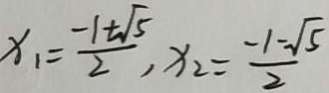
x _ { 1 } = \frac { - 1 + \sqrt { 5 } } { 2 } , x _ { 2 } = \frac { - 1 - \sqrt { 5 } } { 2 }